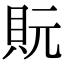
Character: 貦